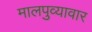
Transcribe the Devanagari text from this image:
मालपुव्यावार